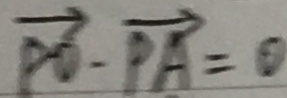
\overrightarrow { P O } - \overrightarrow { P A } = \theta